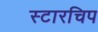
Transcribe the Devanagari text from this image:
स्टारचिप